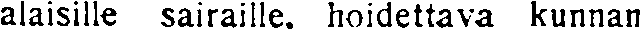
alaisille sairaille, hoidettava kunnan